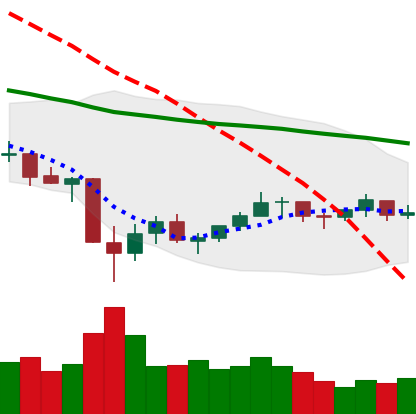
Ticker: LTC-USD
Chart end date: 2021-07-06
Forward return: -3.41%
Label: down_3_5